Madras plague regulations and rules for the city of Madras
Disease focus: Plague
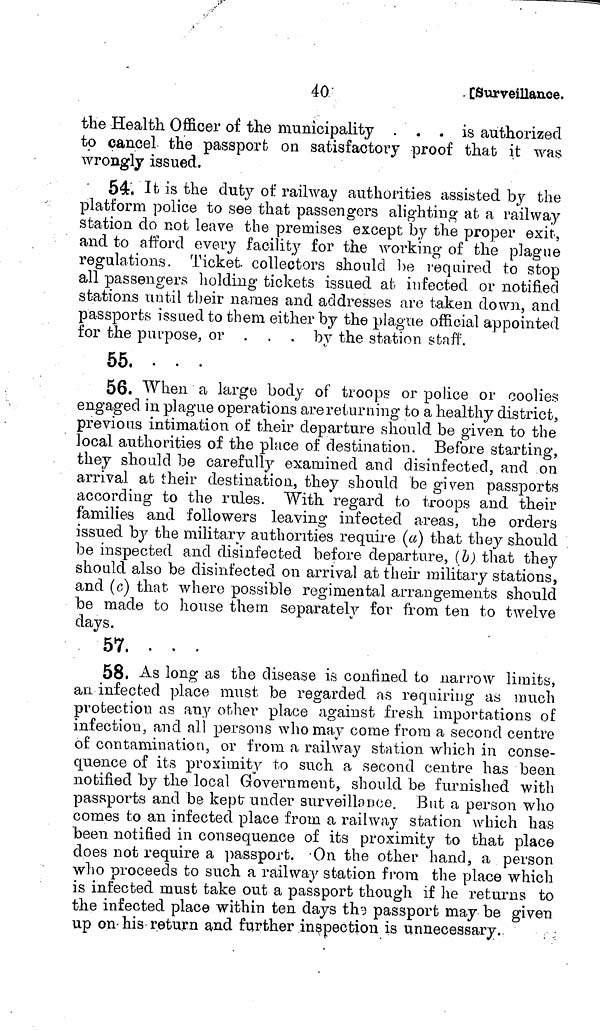
40
• [Surveillance.
the Health Officer of the municipality . . . is authorized
to cancel the passport on satisfactory proof that it was
wrongly issued.
54. It is the duty of railway authorities assisted by the
platform police to see that passengers alighting at a railway
station do not leave the premises except by the proper exit,
and to afford every facility for the working of the plague
regulations. Ticket collectors should be required to stop
all passengers holding tickets issued at infected or notified
stations until their names and addresses are taken down, and
passports issued to them either by the plague official appointed
for the purpose, or ...
by the station staff.
55, ...
56. When a large body of troops or police or coolies
engaged in plague operations are returning to a healthy district,
previous intimation of their departure should be given to the
local authorities of the place of destination. Before starting,
they should be carefully examined and disinfected, and on
arrival at their destination, they should be given passports
according to the rules. With regard to troops and their
families and followers leaving infected areas, the orders
issued by the military authorities require (a) that they should
be inspected and disinfected before departure, (b) that they
should also be disinfected on arrival at their military stations,
and (c) that where possible regimental arrangements should
be made to house them separately for from ten to twelve
days.
57. ...
58. As long as the disease is confined to narrow limits,
an infected place must be regarded as requiring as much
protection as any other place against fresh importations of
infection, and all persons who may come from a second centre
of contamination, or from a railway station which in conse-
quence of its proximity to such a second centre has been
notified by the local Government, should be furnished with
passports and be kept under surveillance. But a person who
comes to an infected place from a railway station which has
been notified in consequence of its proximity to that place
does not require a passport. On the other hand, a person
who proceeds to such a railway station from the place which
is infected must take out a passport though if he returns to
the infected place within ten days th, passport may be given
up on his return and further inspection is unnecessary.